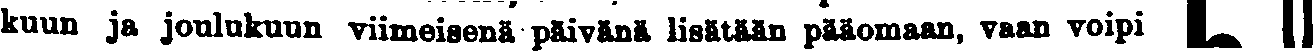
kuun ja joulukuun viimeisenä päivinä lisätään pääomaan, vaan voipi # #